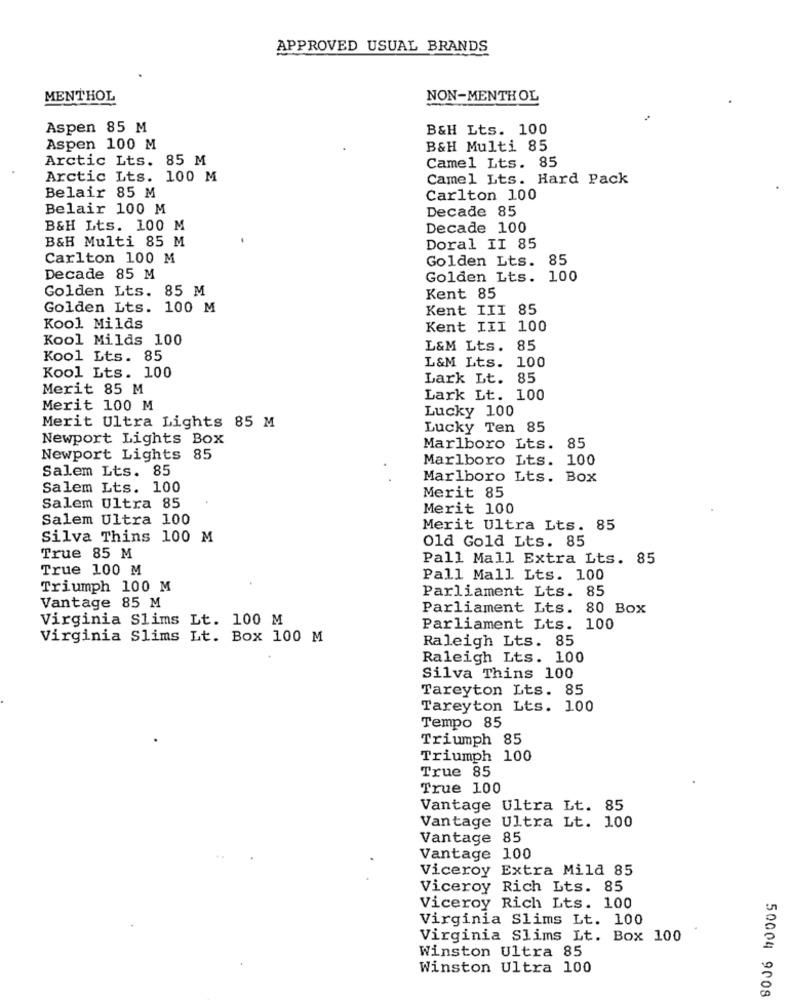
APPROVED USUAL BRANDS
MENTHOL
NON-MENTHOL
Aspen 85 M
B&H Lts. 100
Aspen 100 M
B&H Multi 85
Arctic Lts. 85 M
Camel Lts. 85
Arctic Lts. 100 M
Camel Lts. Hard Pack
Belair 85 M
Carlton 100
Belair 100 M
Decade 85
B&H Lts. 100 M
Decade 100
B&H Multi 85 M
Doral II 85
Carlton 100 M
Golden Lts. 8
Decade 85 M
Golden Lts. 100
Golden Lts. 85 M
Kent 85
Golden Lts. 100 M
Kent III 85
Kool Milds
Kent III 100
Kool Milds 100
L&M Lts. 85
Kool Lts. 85
Kool Lts. 100
L&M Lts. 100
Lark Lt. 85
Merit 85 M
Lark Lt. 100
Merit 100 M
Lucky 100
Merit Ultra Lights 85 M
Lucky Ten 85
Newport Lights Box
Marlboro Lts. 85
Newport Lights 85
Marlboro Lts.
100
Salem Lts. 85
Marlboro Lts. Box
Salem Lts. 100
Merit 85
Salem Ultra 85
Merit 100
Salem Ultra 100
Merit Ultra Lts. 85
Silva Thins 100 M
Old Gold Lts. 85
True 85 M
Pall Mall Extra Lts. 85
True 100 M
Pall Mall Lts. 100
Triumph 100 M
Parliament Lts. 85
Vantage 85 M
Parliament Lts. 80 Box
Virginia Slims Lt. 100 M
Parliament Lts. 100
Virginia Slims Lt. Box 100 M
Raleigh Lts. 85
Raleigh Lts. 100
Silva Thins 100
Tareyton Lts. 85
Tareyton Lts. 100
Tempo 85
Triumph 85
Triumph 100
True 85
True 100
Vantage Ultra Lt. 85
Vantage Ultra Lt. 100
Vantage 85
Vantage 100
Viceroy Extra Mild 85
Viceroy Rich Lts. 85
Viceroy Rich Lts. 100
Virginia Slims Lt. 100
Virginia Slims Lt. Box 100
Winston Ultra 85
Winston Ultra 100
50004 9008